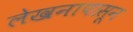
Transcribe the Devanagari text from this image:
लेखनापासून